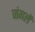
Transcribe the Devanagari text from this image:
जंगलें